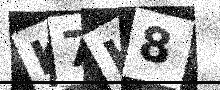
Text: K7H8